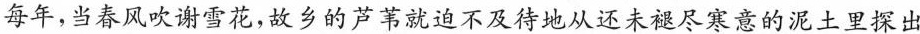
每年，当春风吹谢雪花，故乡的芦苇就迫不及待地从还未褪尽寒意的泥土里探出